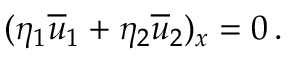
( \eta _ { 1 } { \overline { { u } } } _ { 1 } + \eta _ { 2 } { \overline { { u } } } _ { 2 } ) _ { x } = 0 \, .